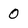
Character: 0